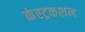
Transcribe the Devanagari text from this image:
कंस्ट्रकशन